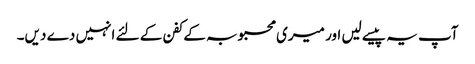
آپ یہ پیسے لیں اور میری محبوبہ کے کفن کے لئے انہیں دے دیں۔